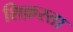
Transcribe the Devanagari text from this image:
शिक़स्ता